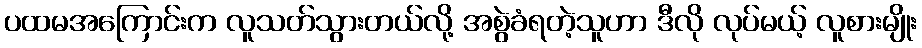
ပထမအကြောင်းက လူသတ်သွားတယ်လို့ အစွဲခံရတဲ့သူဟာ ဒီလို လုပ်မယ့် လူစားမျိုး